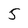
Character: 5